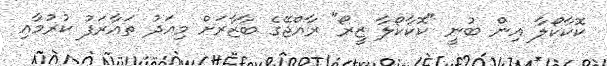
ކޮކާކޯލާ އިން ބުނީ "ކޮކާކޯލާ ޒީރޯ" ރާއްޖޭގެ ބާޒާރަށް މިއަދު ތައާރަފު ކުރުމާއި